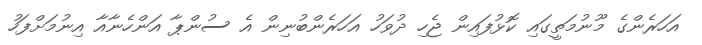
އަހަރެންގެ މޫނުމަތީގައި ކޮޅުފައިން ޖެހި ދުވަހު އަހަރެންބުނިން އެ ސުންޕާ އަންހެނާއާ އިނުމަށްފަހު